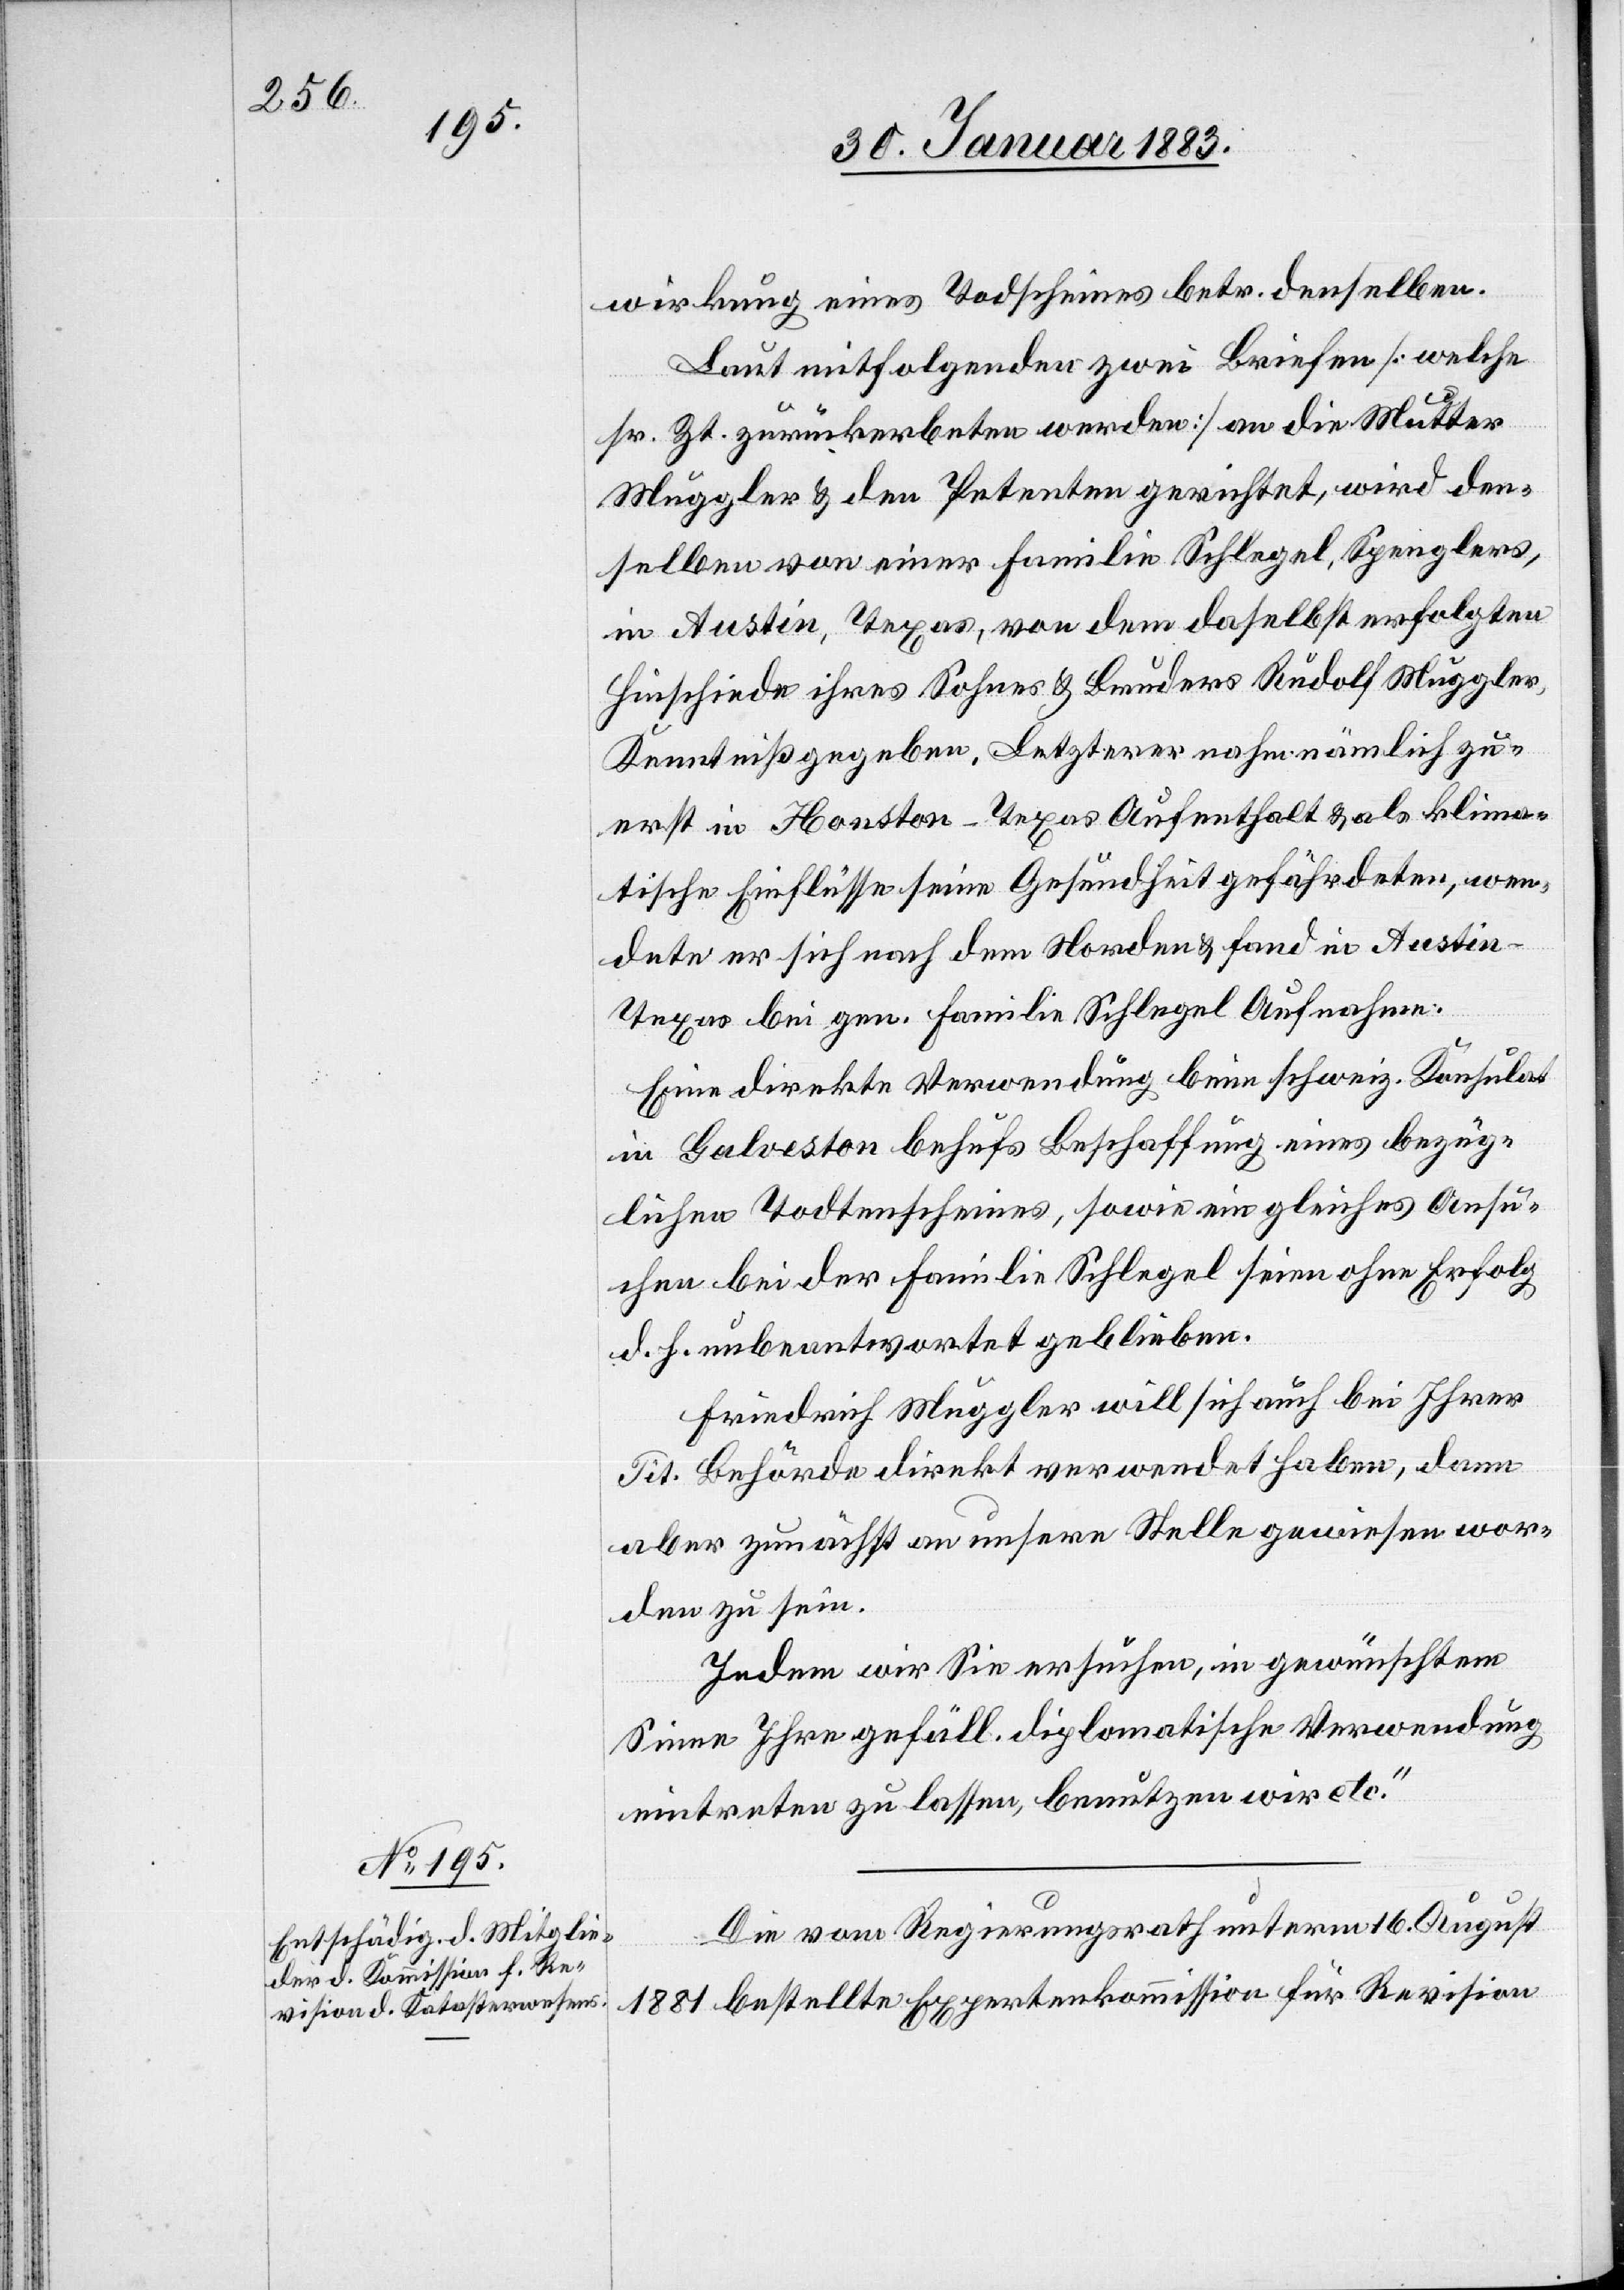
wirkung eines Todscheines betr. denselben.
Laut mitfolgenden zwei Briefen [welche
sr. Zt. zurückerbeten werden] an die Mutter
Muggler & den Petenten gerichtet, wird den¬
selben von einer Familie Schlegel, Spenglers,
in Austin, Texas, von dem daselbst erfolgten
Hinschiede ihres Sohnes & Bruders Rudolf Muggler,
Kenntniß gegeben. Letzterer nahm nämlich zu¬
erst in Houston - Texas Aufenthalt & als klima¬
tische Einflüsse seine Gesundheit gefährdeten, wen¬
dete er sich nach dem Norden & fand in Austin
Texas bei gen. Familie Schlegel Aufnahme.
Eine direkte Verwendung beim schweiz. Konsulat
in Galveston behufs Beschaffung eines bezüg¬
lichen Todtenscheines, sowie ein gleiches Ansu¬
chen bei der Familie Schlegel seien ohne Erfolg
d. h. unbeantwortet geblieben.
Friedrich Muggler will sich auch bei Ihrer
Tit. Behörde direkt verwendet haben, dann
aber zunächst an unsere Stelle gewiesen wor¬
den zu sein.
Indem wir Sie ersuchen, in gewünschtem
Sinne Ihre gefäll. diplomatische Verwendung
eintreten zu lassen, benutzen wir etc.“
Die vom Regierungsrath unterm 16. August
1881 bestellte Expertenkommission für Revision